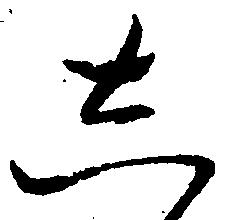
し